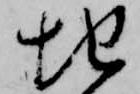
地